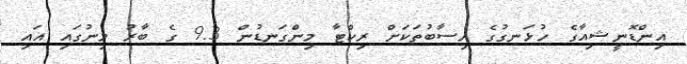
އިންޑޮނީޝިއާގެ ހުޅަނގުގެ ހިސާބުތަކަށް ރިކްޓާ މިންގަނޑުން 9.3 ގެ ބާރު މިނުގައި އައި